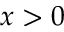
x > 0